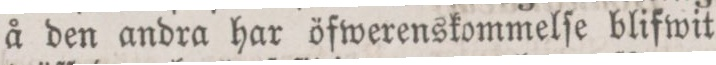
å den andra har öfwerenskommelſe blifwit